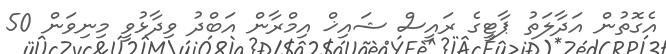
އެގޮތުން އަދާލަތު ޕާޓީގެ ރައީސް ޝައިޚް އިމްރާން އަބްދު ވިދާޅުވީ މިނިވަން 50